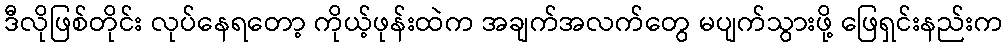
ဒီလိုဖြစ်တိုင်း လုပ်နေရတော့ ကိုယ့်ဖုန်းထဲက အချက်အလက်တွေ မပျက်သွားဖို့ ဖြေရှင်းနည်းက